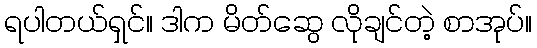
ရပါတယ်ရှင်။ ဒါက မိတ်ဆွေ လိုချင်တဲ့ စာအုပ်။